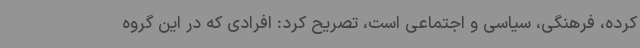
کرده، فرهنگی، سیاسی و اجتماعی است، تصریح کرد: افرادی که در این گروه